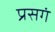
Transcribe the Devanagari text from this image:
प्रसगं